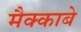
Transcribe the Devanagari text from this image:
मैक्काबे